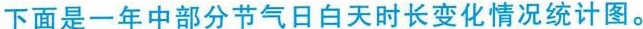
下面是一年中部分节气日白天时长变化情况统计图。